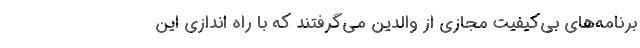
برنامه‌های بی‌کیفیت مجازی از والدین می‌گرفتند که با راه اندازی این